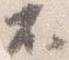
不